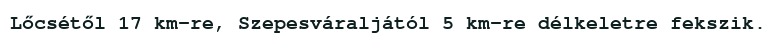
Lőcsétől 17 km-re, Szepesváraljától 5 km-re délkeletre fekszik.